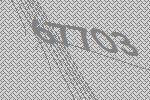
67703